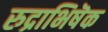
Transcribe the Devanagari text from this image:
रुद्राभिषॆक